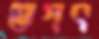
ভগৎ